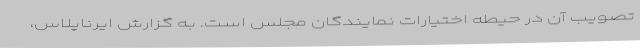
تصویب آن در حیطه اختیارات نمایندگان مجلس است. به گزارش ایرناپلاس،